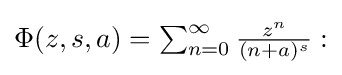
{\textstyle \Phi (z,s,a)=\sum _{n=0}^{\infty }{\frac {z^{n}}{(n+a)^{s}}}:}